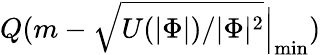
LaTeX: Q(m-{\sqrt{U(|\Phi|)/|\Phi|^{2}}}{\Big|}_{\operatorname*{min}})